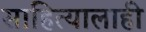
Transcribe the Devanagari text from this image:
साहित्यालाही